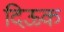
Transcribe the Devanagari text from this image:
दिऊक